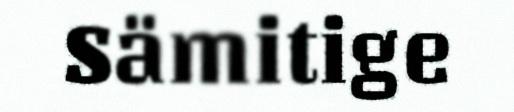
Sämitige